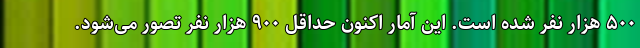
۵۰۰ هزار نفر شده است. این آمار اکنون حداقل ۹۰۰ هزار نفر تصور می‌شود.